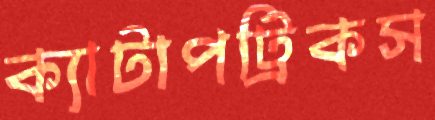
ক্যাটাপট্রিকস